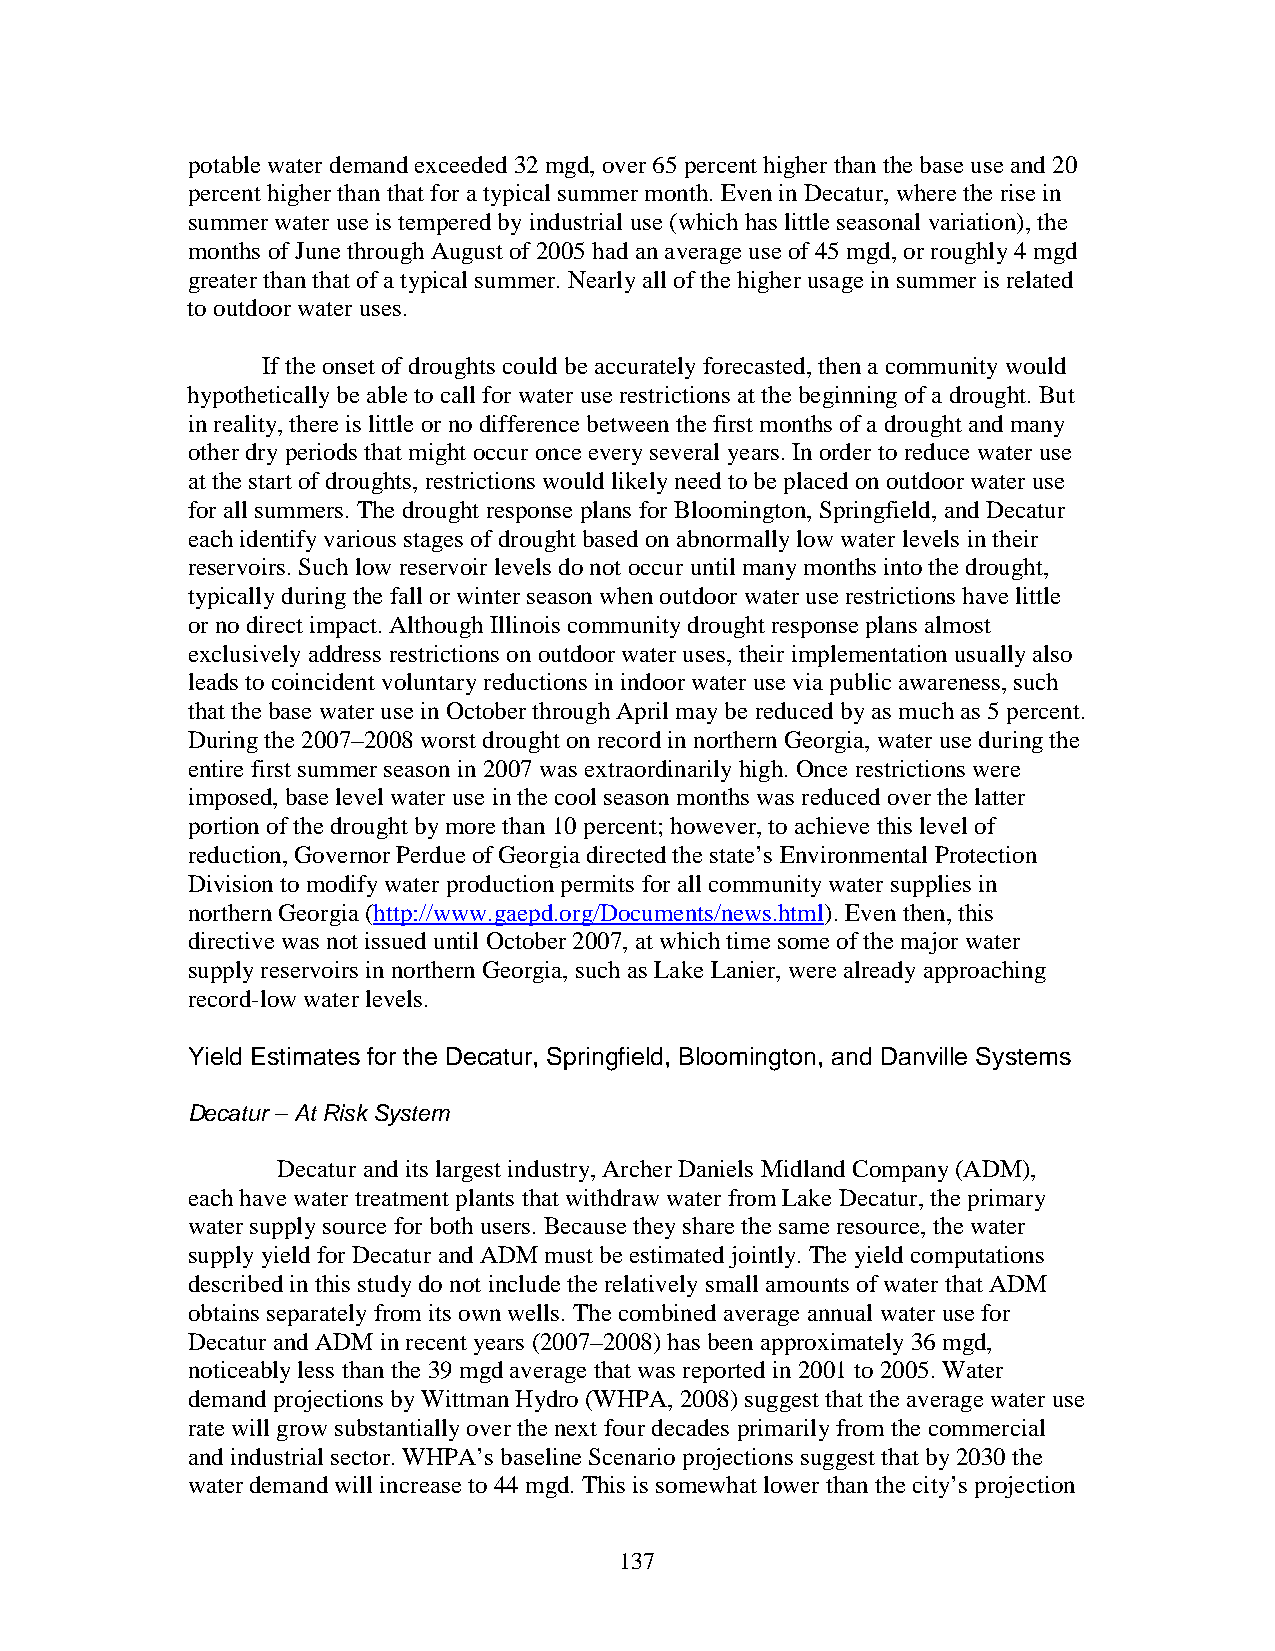
potable water demand exceeded 32 mgd, over 65 percent higher than the base use and 20
 percent higher than that for a typical summer month. Even in Decatur, where the rise in
 summer water use is tempered by industrial use (which has little seasonal variation), the
 months of June through August of 2005 had an average use of 45 mgd, or roughly 4 mgd
 greater than that of a typical summer. Nearly all of the higher usage in summer is related
 to outdoor water uses.
 If the onset of droughts could be accurately forecasted, then a community would
 hypothetically be able to call for water use restrictions at the beginning of a drought. But
 in reality, there is little or no difference between the first months of a drought and many
 other dry periods that might occur once every several years. In order to reduce water use
 at the start of droughts, restrictions would likely need to be placed on outdoor water use
 for all summers. The drought response plans for Bloomington, Springfield, and Decatur
 each identify various stages of drought based on abnormally low water levels in their
 reservoirs. Such low reservoir levels do not occur until many months into the drought,
 typically during the fall or winter season when outdoor water use restrictions have little
 or no direct impact. Although Illinois community drought response plans almost
 exclusively address restrictions on outdoor water uses, their implementation usually also
 leads to coincident voluntary reductions in indoor water use via public awareness, such
 that the base water use in October through April may be reduced by as much as 5 percent.
 During the 2007–2008 worst drought on record in northern Georgia, water use during the
 entire first summer season in 2007 was extraordinarily high. Once restrictions were
 imposed, base level water use in the cool season months was reduced over the latter
 portion of the drought by more than 10 percent; however, to achieve this level of
 reduction, Governor Perdue of Georgia directed the state’s Environmental Protection
 Division to modify water production permits for all community water supplies in
 northern Georgia (http://www.gaepd.org/Documents/news.html). Even then, this
 directive was not issued until October 2007, at which time some of the major water
 supply reservoirs in northern Georgia, such as Lake Lanier, were already approaching
 record-low water levels.
 Yield Estimates for the Decatur, Springfield, Bloomington, and Danville Systems
 Decatur – At Risk System
 Decatur and its largest industry, Archer Daniels Midland Company (ADM),
 each have water treatment plants that withdraw water from Lake Decatur, the primary
 water supply source for both users. Because they share the same resource, the water
 supply yield for Decatur and ADM must be estimated jointly. The yield computations
 described in this study do not include the relatively small amounts of water that ADM
 obtains separately from its own wells. The combined average annual water use for
 Decatur and ADM in recent years (2007–2008) has been approximately 36 mgd,
 noticeably less than the 39 mgd average that was reported in 2001 to 2005. Water
 demand projections by Wittman Hydro (WHPA, 2008) suggest that the average water use
 rate will grow substantially over the next four decades primarily from the commercial
 and industrial sector. WHPA’s baseline Scenario projections suggest that by 2030 the
 water demand will increase to 44 mgd. This is somewhat lower than the city’s projection
 137